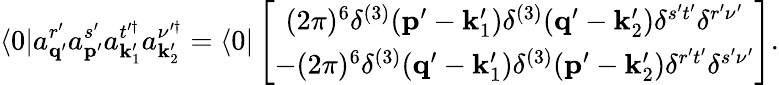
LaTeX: \left\langle 0\right\vert a_{\mathbf{q}^{\prime}}^{r^{\prime}}a_{\mathbf{p}^{\prime}}^{s^{\prime}}a_{\mathbf{k}_{1}^{\prime}}^{t^{\prime\dagger}}a_{\mathbf{k}_{2}^{\prime}}^{\nu^{\prime\dagger}}=\left\langle 0\right\vert\left[\begin{array}{c}{(2\pi)^{6}\delta^{(3)}(\mathbf{p}^{\prime}-\mathbf{k}_{1}^{\prime})\delta^{(3)}(\mathbf{q}^{\prime}-\mathbf{k}_{2}^{\prime})\delta^{s^{\prime}t^{\prime}}\delta^{r^{\prime}\nu^{\prime}}}\\ {-(2\pi)^{6}\delta^{(3)}(\mathbf{q}^{\prime}-\mathbf{k}_{1}^{\prime})\delta^{(3)}(\mathbf{p}^{\prime}-\mathbf{k}_{2}^{\prime})\delta^{r^{\prime}t^{\prime}}\delta^{s^{\prime}\nu^{\prime}}}\end{array}\right].